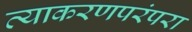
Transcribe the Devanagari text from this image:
व्याकरणपरंपरा